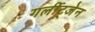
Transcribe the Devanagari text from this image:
गर्लीट्जेन